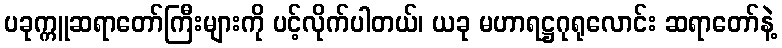
ပခုက္ကူဆရာတော်ကြီးများကို ပင့်လိုက်ပါတယ်၊ ယခု မဟာရဋ္ဌဂုရုလောင်း ဆရာတော်နဲ့